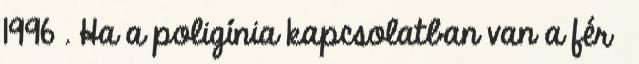
1996 . Ha a poligínia kapcsolatban van a férﬁ